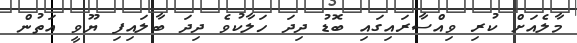
މާލެއަށް ކުރި ވިއްސާރައިގައި ބޮޑު ދިދަ ހަލާކުވެ ދިދަ ބާލައިފި ޔޫވީ އަތުން